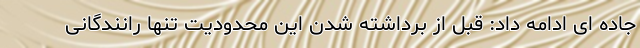
جاده ای ادامه داد: قبل از برداشته شدن این محدودیت تنها رانندگانی